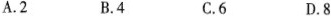
A.2 B.4 C.6 D.8